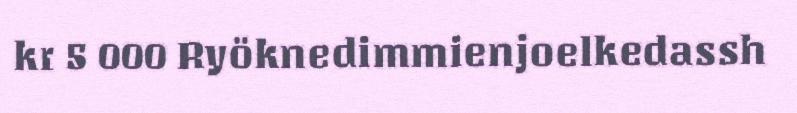
kr 5 000 Ryöknedimmienjoelkedassh